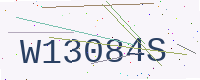
Text: W13084S